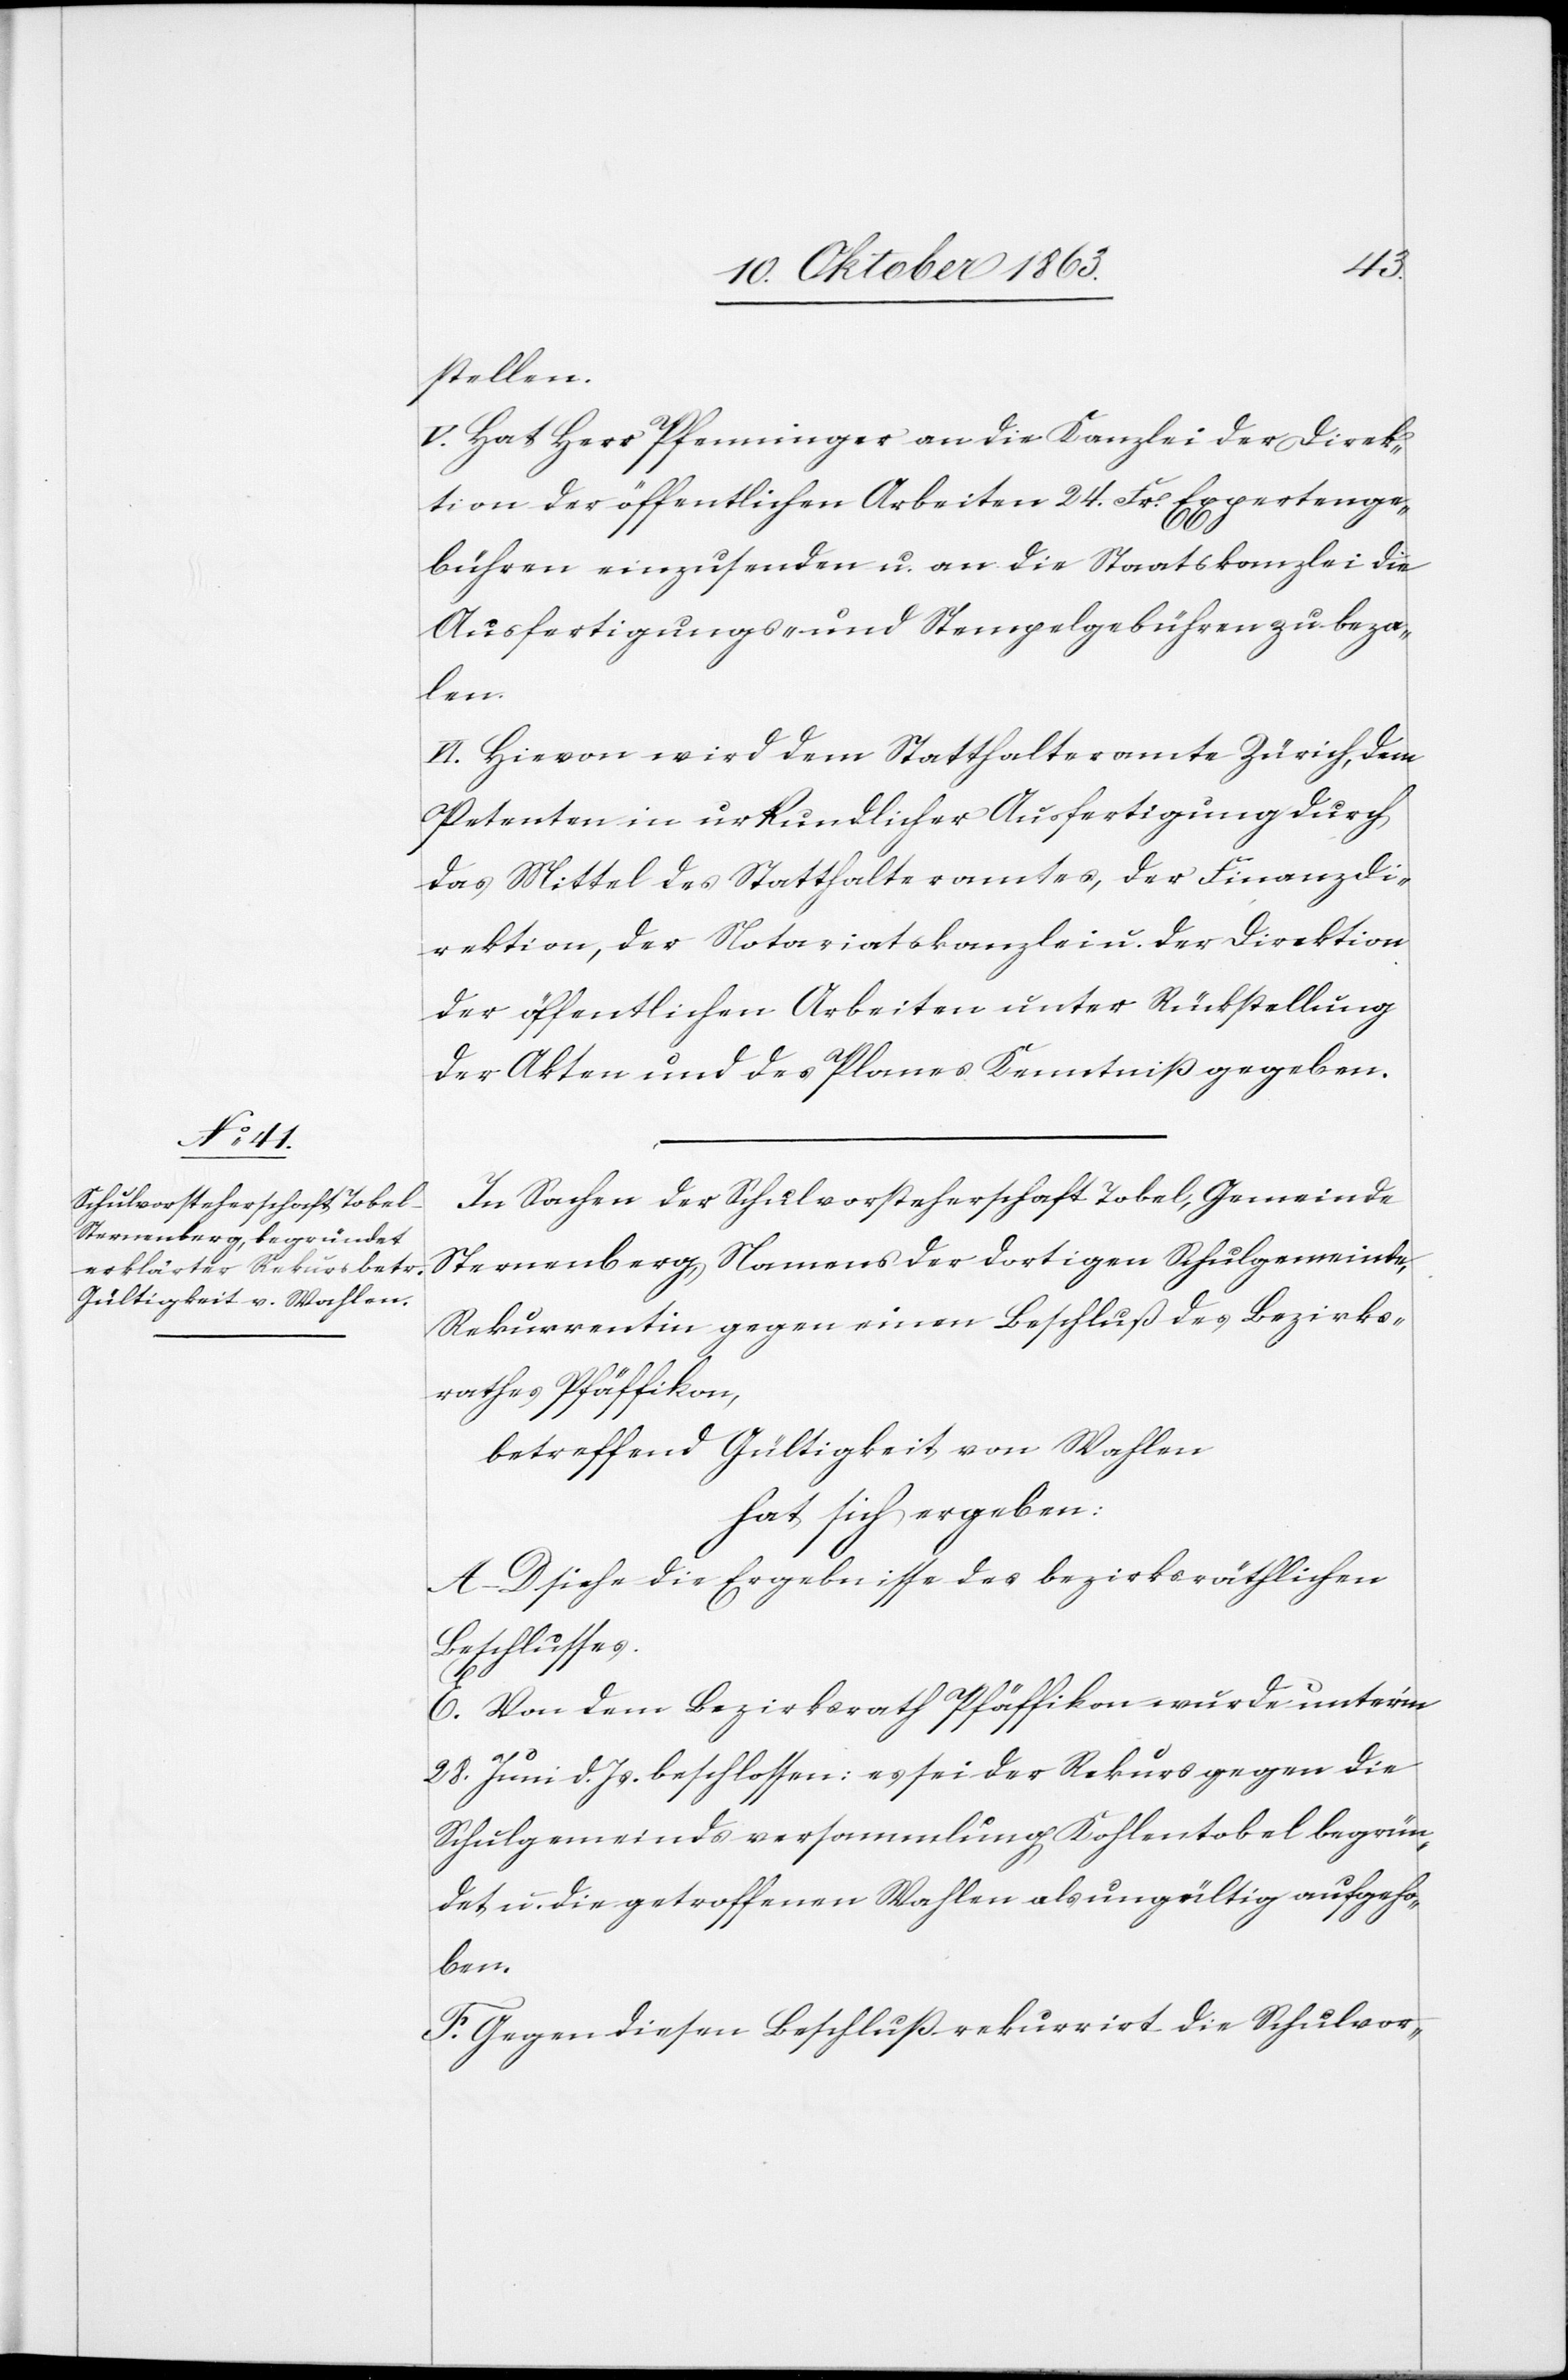
stellen.
V. Hat Herr Pfenninger an die Kanzlei der Direk¬
tion der öffentlichen Arbeiten 24. Fr. Expertenge¬
bühren einzusenden u. an die Staatskanzlei die
Ausfertigungs- und Stempelgebühren zu beza¬
hlen.
VI. Hievon wird dem Statthalteramte Zürich, dem
Petenten in urkundlicher Ausfertigung durch
das Mittel des Statthalteramtes, der Finanzdi¬
rektion, der Notariatskanzlei u. der Direktion
der öffentlichen Arbeiten unter Rückstellung
der Akten und des Planes Kenntniß gegeben.
In Sachen der Schulvorsteherschaft Tobel, Gemeinde
Sternenberg, Namens der dortigen Schulgemeinde,
Rekurrentin gegen einen Beschluß des Bezirks¬
rathes Pfäffikon,
betreffend Gültigkeit von Wahlen
hat sich ergeben:
A–D siehe die Ergebnisse des bezirksräthlichen
Beschlusses.
E. Von dem Bezirksrath Pfäffikon wurde unter'm
28. Juni d. Js. beschlossen: es sei der Rekurs gegen die
Schulgemeindsversammlung Kohlentobel begrün¬
det u. die getroffenen Wahlen als ungültig aufgeho¬
ben.
F. Gegen diesen Beschluß rekurrirt die Schulvor-